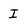
Character: I